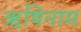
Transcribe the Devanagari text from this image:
ऋषिनाम